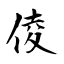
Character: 倰